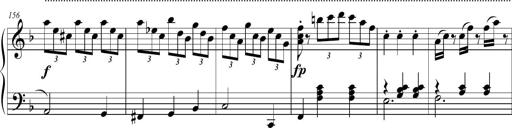
Title: 2 Sonatines faciles et brillantes pour le piano-forte seul
Composer: Carl Czerny